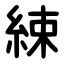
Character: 綀